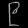
Digit: ၉